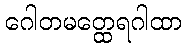
ဂေါတမတ္ထေရဂါထာ